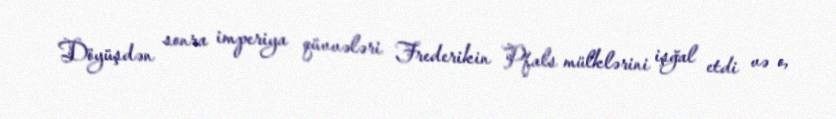
Döyüşdən sonra imperiya qüvvələri Frederikin Pfals mülklərini işğal etdi və o,